Vaccination in Bombay 1913-1923 - 1913-1923
Year: 1913
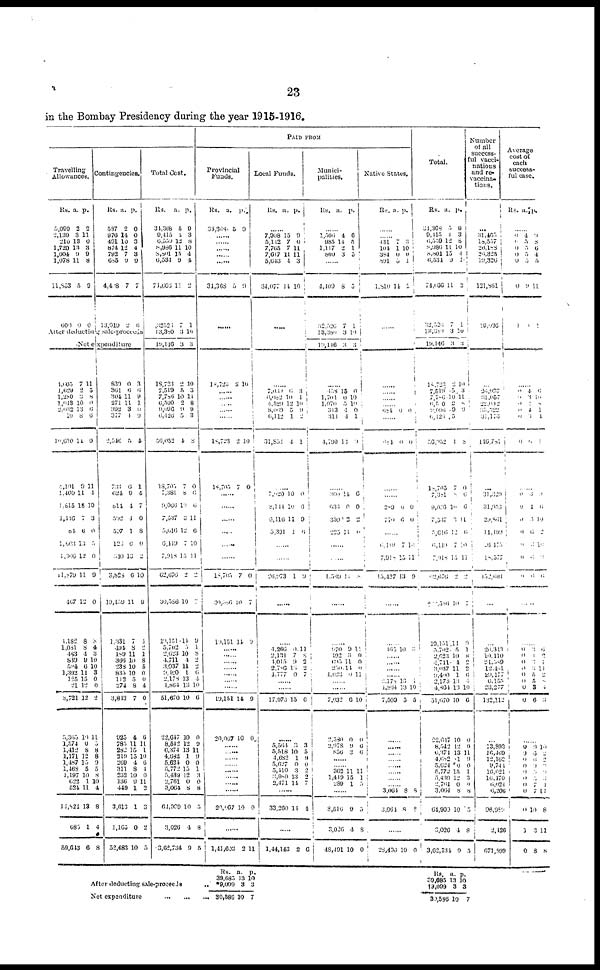
23
in the Bombay Presidency during the year 1915-1916.
PAID FROM
Travelling
Allowances.
Rs.
5,099
2,139
210
1,720
1,604
1,078
11,853
600
a.
2
3
13
13
9
11
5
0
p.
2
11
0
3
9
8
9
0
Contingencies.
Rs.
587
976
491
874
792
685
4,428
13,919
a.
2
14
10
12
7
9
7
2
p.
0
0
3
4
3
9
7
0
After deducting sale-proceeds
Net expenditure
4,605
1,629
1,280
1,043
2,032
10
10,610
4,191
1,460
1,815
1,446
84
1,003
1,366
11,879
467
4,182
1,081
483
839
594
1,392
125
21
8,721
5,365
1,574
1,412
1,171
1,487
1,468
1,197
622
524
14,824
685
59,643
7
2 3
10
13
8
11
9
11
15
7
6
13
12
11
12
8
8
4
9
6
11
15
12
12
10
0
8
12
15
5
10
1
11
13
1
6
11
5
8
0
6
6
0
11
4
10
3
0
5
0
9
0
8
4
3
10
10
3
0
0
2
11
5
8
8
9
5
8
10
4
8
4
8
839
361
304
271
392
377
2,546
733
624
814
592
597
126
340
3,826
19,159
1,331
494
189
366
238
835
112
274
3,813
925
785
282
219
269
311
232
136
449
3,613
1,165
52,483
0
6
11
11
3
4
5
6
9
4
4
1
0
13
6
11
7
8
11
10
10
10
5
8
7
4
11
15
15
4
8
10
9
1
1
0
10
3
6
9
1 0
9
4
1
4
7
0
8
0
2
10
9
4
2
1
8
5
0
0
4
0
6
11
1
10
6
4
0
11
2
3
2
5
Total Cost.
Rs.
34,368
9,415
6,559
8,986
8,801
6,534
74,666
,32526
13,380
19,146
18,723
7,519
7,786
6,500
9,096
6,426
56,052
18,705
7,381
9,066
7,537
5,016
6,419
7,918
62,676
30,586
19,151
5,702
2,623
4,711
3,037
9,100
2,178
4,864
51,670
22,647
8,542
6,374
4,682
5,624
5,772
5,439
2,761
3,064
64,909
3,026
3,62,734
a.
5
4
12
11
15
9
11
7
3
3
2
5
10
2
9
5
4
7
8
10
3
12
7
15
2
10
14
5
10
4
11
1
13
13
10
10
12
13
1
0
15
12
0
8
10
4
9
p.
9
3
8
10
4
4
2
1
10
3
10
3
11
8
9
3
8
0
0
6
11
6
10
11
2
7
9
1
8
2
2
6
4
10
6
0
9
11
9
0
1
3
0
8
5
8
5
Provincial
Funds.
Rs.
34,368
a.
5
p.
9
......
...... ......
......
......
34,368
5 9
......
18,723 2
10
......
......
......
......
......
18,723
18,705
2
7
10
0
......
......
......
......
......
......
18,705
30,586
19,151
7
10
14
0
7
9
......
......
......
......
......
......
19,151
20,067
14
10
9
0
......
......
......
......
......
......
......
20,067 10 0
......
1,41,603 2 11
Local Funds.
Rs.
a. p.
......
7,908
5,112
7,765
7,617
5,643
34,077
15
7
7
11
4
14
9
0
11
11
3
10
......
......
7,060
6,082
4,529
8,069
6,112
31,854
6
10
12
5
1
4
3
1 10
9 2
1
......
7,020
8,144
6,416
5,391
10
10
11
1
0
6
9
6
......
......
26,973 1 9
......
4,266
2,131
4,015
2,786
4,777
0
7
9
13
0
11
8 2
2
7
......
......
17,976 15 6
......
5,564
5,518
4,682
5,627
5,410
3,989
2,471
3
10
1
0
3
13
14
3
5
9
0
0
2
7
......
33,260 14 4
......
1,44,143 2 6
Munici¬
palities.
Rs.
a.
p.
......
1,506
985
1,117
800
4
14
2
3
6
5
1
5
......
4,409
32,526
13,380
19,116
8
7
3
3
5
1
10
3
......
458
1,704
1,970
313
314
4,790
15
0
5
4
4
13
0
10
10
0
1
9
......
360
633
350
225
14
0
2
11
6
0
2
0
......
......
1,569
11 8
......
......
970
192
695
250
4,623
9
3
11
14
0
11
0
0
0
11
......
7,032
2,580
2,978
856
6
0
9
3
10
0
6
6
......
...... 362
1,449
289
11 15
1
11
1
5
......
8,516
3,026
48,491
9
4
10
5
8
0
Native States.
Rs.
a. p.
......
...... 431
104
384
891
1,810
7
1
0
5
14
3
10
0
1
2
......
......
......
......
......
684
0
0
......
684
0
0
......
......
289
770
0
6
0
0
......
6, 119
7,918
15,427
7
15
13
10
11
9
......
......
165 10 3
...... ......
......
......
2,178
4,864
7,509
13
13
5
1
10
5
......
......
......
......
......
......
......
......
3,064
3,064
8
8
8
8
......
28,496
10 0
Total.
Rs.
34,368
9,115
6,559
8,986
8,801
6,534
74,066
32,526
13,380
19,146
18,723
7,519
7,786
6,500
9,096
6,426
56,052
18,705
7,381
9,036
7,537
5,616
6,449
7,918
62,676
†9,586
19,151
5,702
2, 623
4,711
3,037
2,400
2,178
4,864
51,670
22,617
8,542
6,374
4,682
5,624
5,772
5,439
2,761
3,064
64,909
3,026
3,62,734
a.
5
4
12
11
15
9
11
7
3
3
2
5
10
2
9
5
1
7
8
10
3
12
7
15
2
10
14
5 10
4
11 1
13
13
10
10
12
13
1
0
15
12
0
8
10
4
9
p.
9
3
8
10
4
1
2
1
10
3
10
3
11
8
9
8
0
6
6
11
6
10
11
2
7
9
1
8
2
2 6
4 10
6
0
9
11
9
0
1
3 0
8
5
8
5
Number
of all
success¬
ful vacci¬
nations
and re¬
vaccina¬
tions.
...
31,465
18,557
26,188
26,325
19,326
121,861
29,036
...
26,937
31,057
22,092
35,522
31,173
116,781
...
31,329
31,953
29,861
14,499
26,475
18,577
152,691
...
...
26,313
10,110
24,589
12,461
29,177
6,155
23,277
132,112
...
13,893
16,469
12,162
9,744
16,021
16,470
6,024
6,206
96,989
2,426
671,899
Average
cost of
each
success¬
ful case.
Rs.
a. p.
......
0
0
0
0
0
0
1
4
5
5
5
5
9
0
9
8
6
4
5
11
1
......
0 0
0
0
0
0
4
3
4
4
5
0
6 10
8
1
4
1
...
0
0
0
0
0
0
0
3
4
0
6
2
6
6
9
6
10
2
10
0
6
......
......
0
0
0
0
0
0
0
0
3 1
3
3
5
5
3
6
6
2
1
11
8
8
4
3
......
9 0
0
0 0
0
0 0
0
1
0
9
6
6
9
5
5
7 7
10
3
8
10
2 2
2
0
6
4 11
8
11
8
After deducting sale-proceeds..
Net expenditure
...
...
...
Rs.
39,685
*9,099
30,586
a.
13
3
10
p.
10
3
7
Rs.
39,685
†9,099
30,586
a.
13
3
10
p.
10
3
7